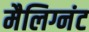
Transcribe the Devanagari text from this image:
मैलिग्नंट